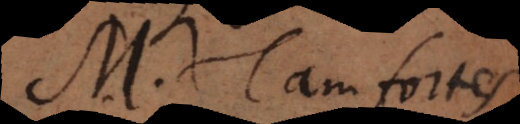
S. Tam fortes